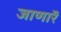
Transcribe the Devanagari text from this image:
जाणारॆ